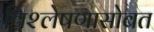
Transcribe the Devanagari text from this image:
विश्लेषणासोबत